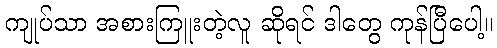
ကျုပ်သာ အစားကြူးတဲ့လူ ဆိုရင် ဒါတွေ ကုန်ပြီပေါ့။